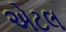
એટલ